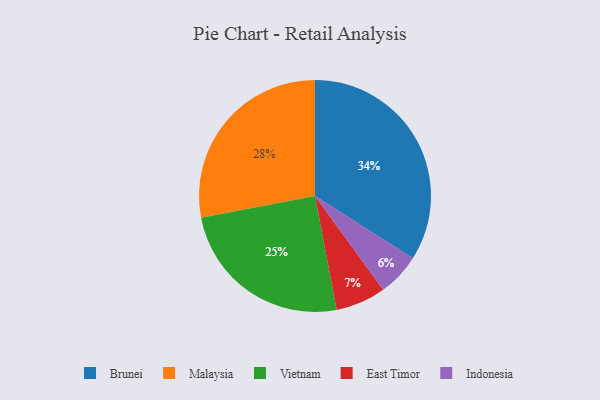
{"axis": {"x": "Category", "y": "Percentage"}, "legend": ["Brunei", "East Timor", "Indonesia", "Malaysia", "Vietnam"], "data": [{"x": "Vietnam", "y": 25, "type": "Vietnam"}, {"x": "Indonesia", "y": 6, "type": "Indonesia"}, {"x": "Brunei", "y": 34, "type": "Brunei"}, {"x": "East Timor", "y": 7, "type": "East Timor"}, {"x": "Malaysia", "y": 28, "type": "Malaysia"}]}